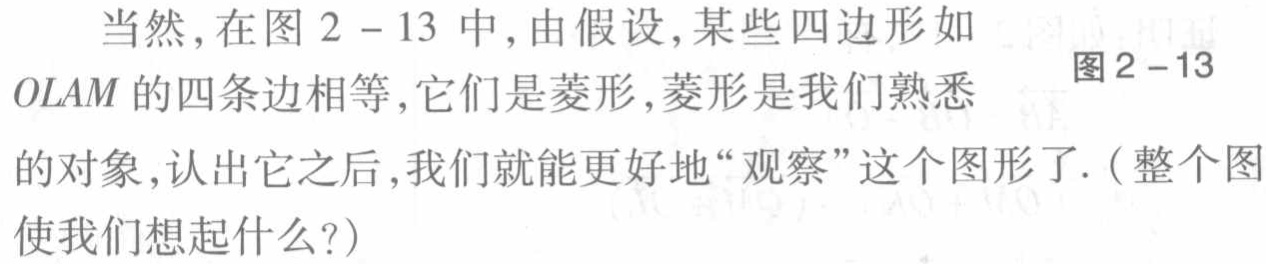
当然，在图 2 - 13 中，由假设，某些四边形如
图2 - 13
$OLAM$ 的四条边相等，它们是菱形，菱形是我们熟悉
的对象，认出它之后，我们就能更好地“观察”这个图形了.（整个图
使我们想起什么？）